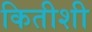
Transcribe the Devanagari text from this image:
कितीशी